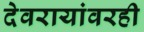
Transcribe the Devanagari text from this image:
देवरायांवरही